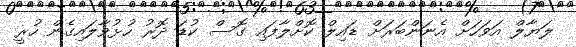
ލަޔާލް އަވަހަށް އެނަންބަރަށް ޑައިލް ކޮށްލާފައި ގޮސް ކުޑަ ދޮރު ހުޅުވާލައިގެން ހުރީ